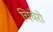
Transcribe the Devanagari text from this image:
चिचेरो